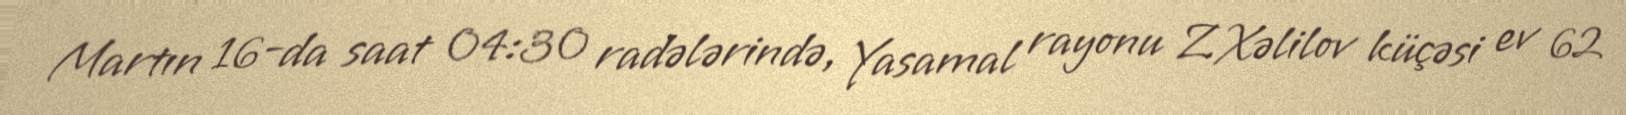
Martın 16-da saat 04:30 radələrində, Yasamal rayonu Z.Xəlilov küçəsi ev 62